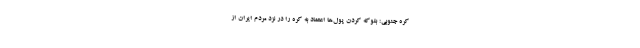
کره جنوبی: بلوکه کردن پول‌ها اعتماد به کره را در نزد مردم ایران از